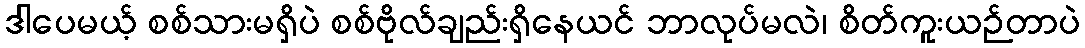
ဒါပေမယ့် စစ်သားမရှိပဲ စစ်ဗိုလ်ချည်းရှိနေယင် ဘာလုပ်မလဲ၊ စိတ်ကူးယဉ်တာပဲ